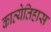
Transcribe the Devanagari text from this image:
काव्येतिहास